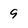
Character: 9